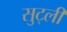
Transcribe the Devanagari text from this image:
सुट्ली